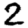
Digit: 2